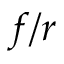
f / r